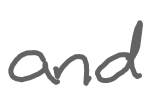
Text: and
Cross-out: clean
Writing tool: digital_gray